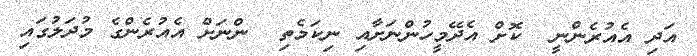
އަދި އެއުރެންނީ  ކޮށް އެދޭމީހުންނަށާއި ނިކަމެތި  ންނަށް އެއުރެންގެ މުދަލުގައި